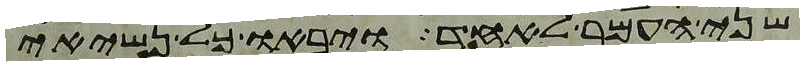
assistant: שני העמר לאחד ויבאו כל נשיאי